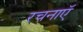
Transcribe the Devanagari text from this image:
रचनाएॅ